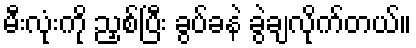
မီးလုံးကို ညှစ်ပြီး ခွပ်ခနဲ ခွဲချလိုက်တယ်။